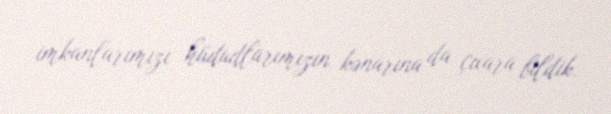
imkanlarımızı hüdudlarımızın kənarına da çıxara bildik.